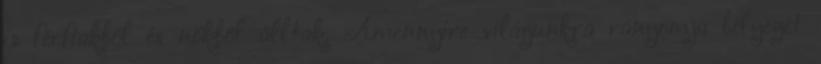
is férfiakból és nőkből álltak. Amennyire világunkra rányomja bélyegét